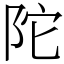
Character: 陀